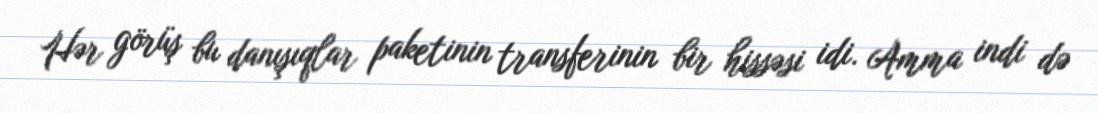
Hər görüş bu danışıqlar paketinin transferinin bir hissəsi idi. Amma indi də